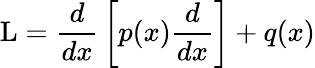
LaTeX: \operatorname{L}={\frac{d}{dx}}\left[p(x){\frac{d}{dx}}\right]+q(x)